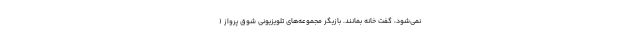
نمی‌شود، گفت خانه بمانند. بازیگر مجموعه‌های تلویزیونی شوق پرواز (